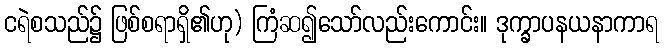
ငရဲစသည်၌ ဖြစ်စရာရှိ၏ဟု) ကြံဆ၍သော်လည်းကောင်း။ ဒုက္ခာပနယနာကာရ